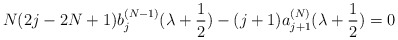
\begin{align*} N(2j-2N+1)b_j^{(N-1)}(\lambda+\frac{1}{2})-(j+1)a_{j+1}^{(N)}(\lambda+\frac{1}{2})=0 \end{align*}